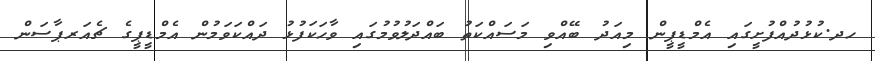
ހދ.ކުޅުދުއްފުށީގައި އެމްޑީޕީން މިއަދު ބޭއްވި މަސައްކަތު ބައްދަލުވުމުގައި ވާހަކަފުޅު ދައްކަވަމުން އެމްޑީޕީގެ ޗެއަރޕާސަން